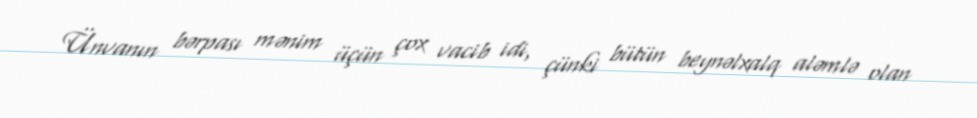
Ünvanın bərpası mənim üçün çox vacib idi, çünki bütün beynəlxalq aləmlə olan